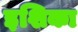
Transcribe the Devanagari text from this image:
इशिका